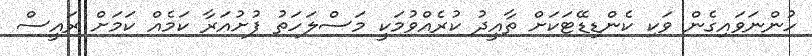
ހުންނަވައިގެން ވަކި ކެންޑިޑޭޓަކަށް ތާއީދު ކުރެއްވުމަކީ މަސްލަހަތު ފުށުއަރާ ކަމެއް ކަމަށް ރައީސް